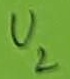
Text: U2